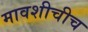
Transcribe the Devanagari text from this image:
मावशीचीच